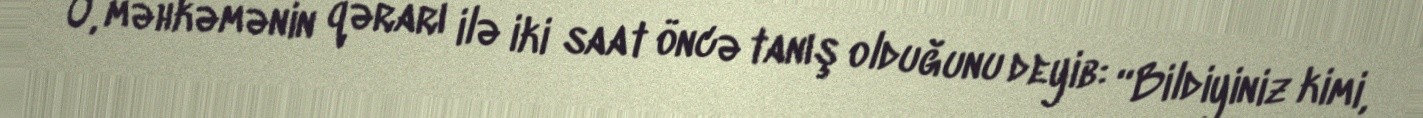
O, məhkəmənin qərarı ilə iki saat öncə tanış olduğunu deyib: “Bildiyiniz kimi,